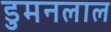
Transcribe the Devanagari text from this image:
डुमनलाल